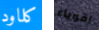
كلاود اقوياء